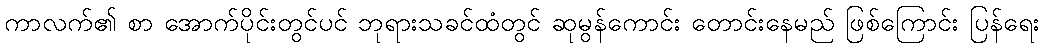
ကာလက်၏ စာ အောက်ပိုင်းတွင်ပင် ဘုရားသခင်ထံတွင် ဆုမွန်ကောင်း တောင်းနေမည် ဖြစ်ကြောင်း ပြန်ရေး